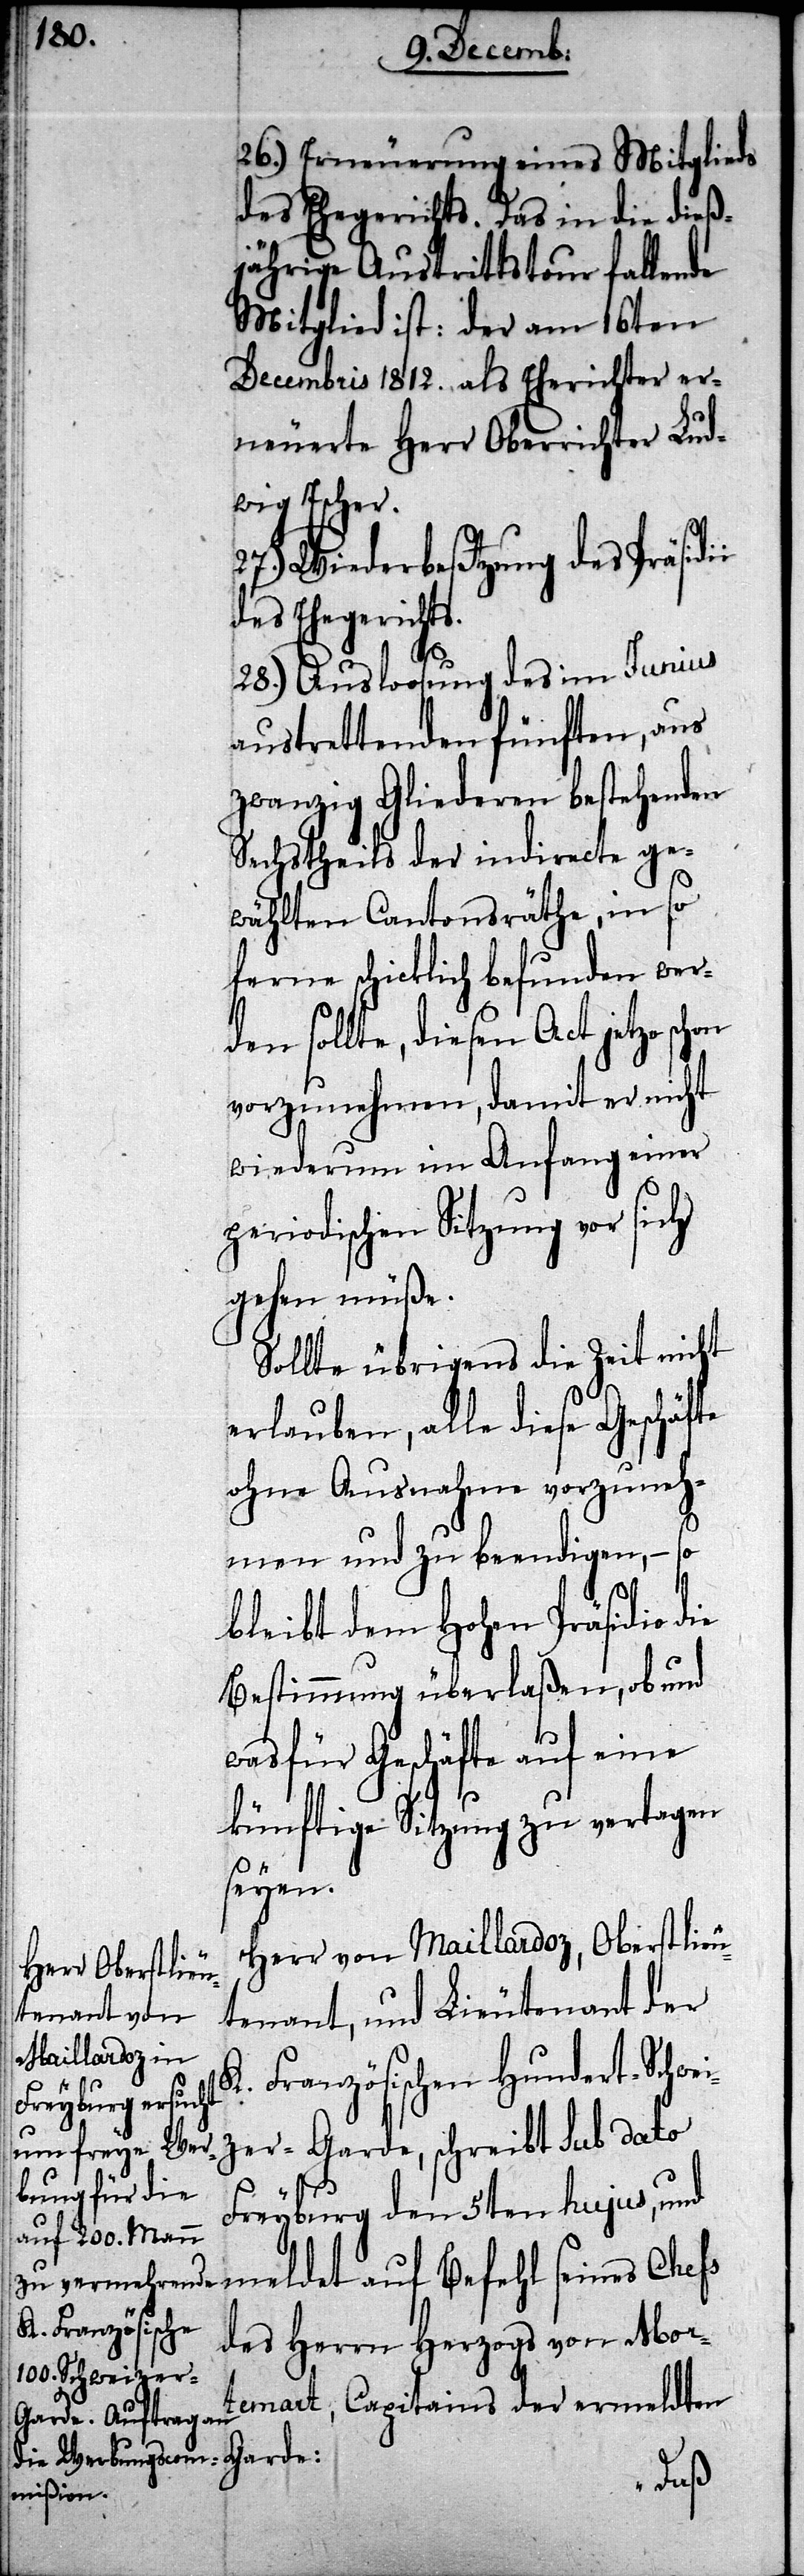
i
26.) Erneuerung eines Mitglieds
des Ehegerichts. Das in die dieß¬
jährige Austrittstour fallende
Mitglied ist: der am 16ten
Decembris 1812. als Eherichter er¬
neuerte Herr Oberrichter Lud¬
wig Escher.
27.) Wiederbesetzung des Präsidi¬
des Ehegerichts.
28.) Ausloosung des im Junius
austrettenden fünften, aus
zwanzig Gliederen bestehenden
Sechstheils der indirecte ge¬
wählten Cantonsräthe, in so
ferne schicklich befunden wer¬
den sollte, diesen Act jetzo schon
vorzunehmen, damit er nicht
wiederum im Anfang einer
periodischen Sitzung vor sich
gehen müße.
Sollte übrigens die Zeit nicht
erlauben, alle diese Geschäfte
ohne Ausnahme vorzuneh¬
men und zu beendigen, – so
bleibt dem Hohen Präsidio die
Bestimmung überlaßen, ob und
was für Geschäfte auf eine
künftige Sitzung zu vertagen
seyen.
Herr von Maillardoz, Oberstlieu¬
tenant, und Lieutenant der
K. Französischen Hundert-Schwei¬
zer-Garde, schreibt sub dato
Freyburg den 5ten hujus, und
meldet auf Befehl seines Chefs
des Herrn Herzogs von Mor¬
temart, Capitain der ermeldten